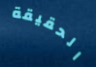
الحقيقة